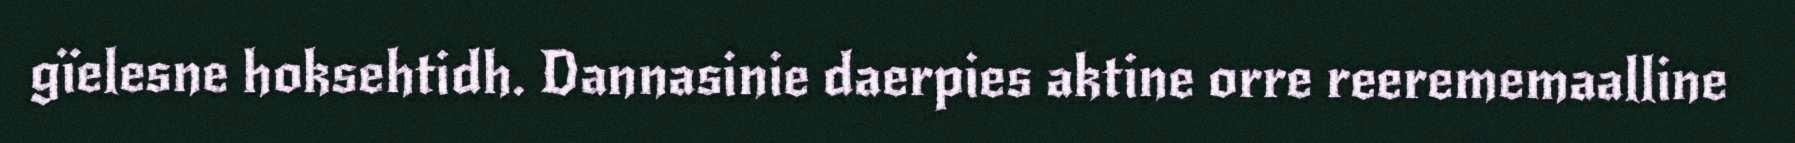
gïelesne hoksehtidh. Dannasinie daerpies aktine orre reerememaalline